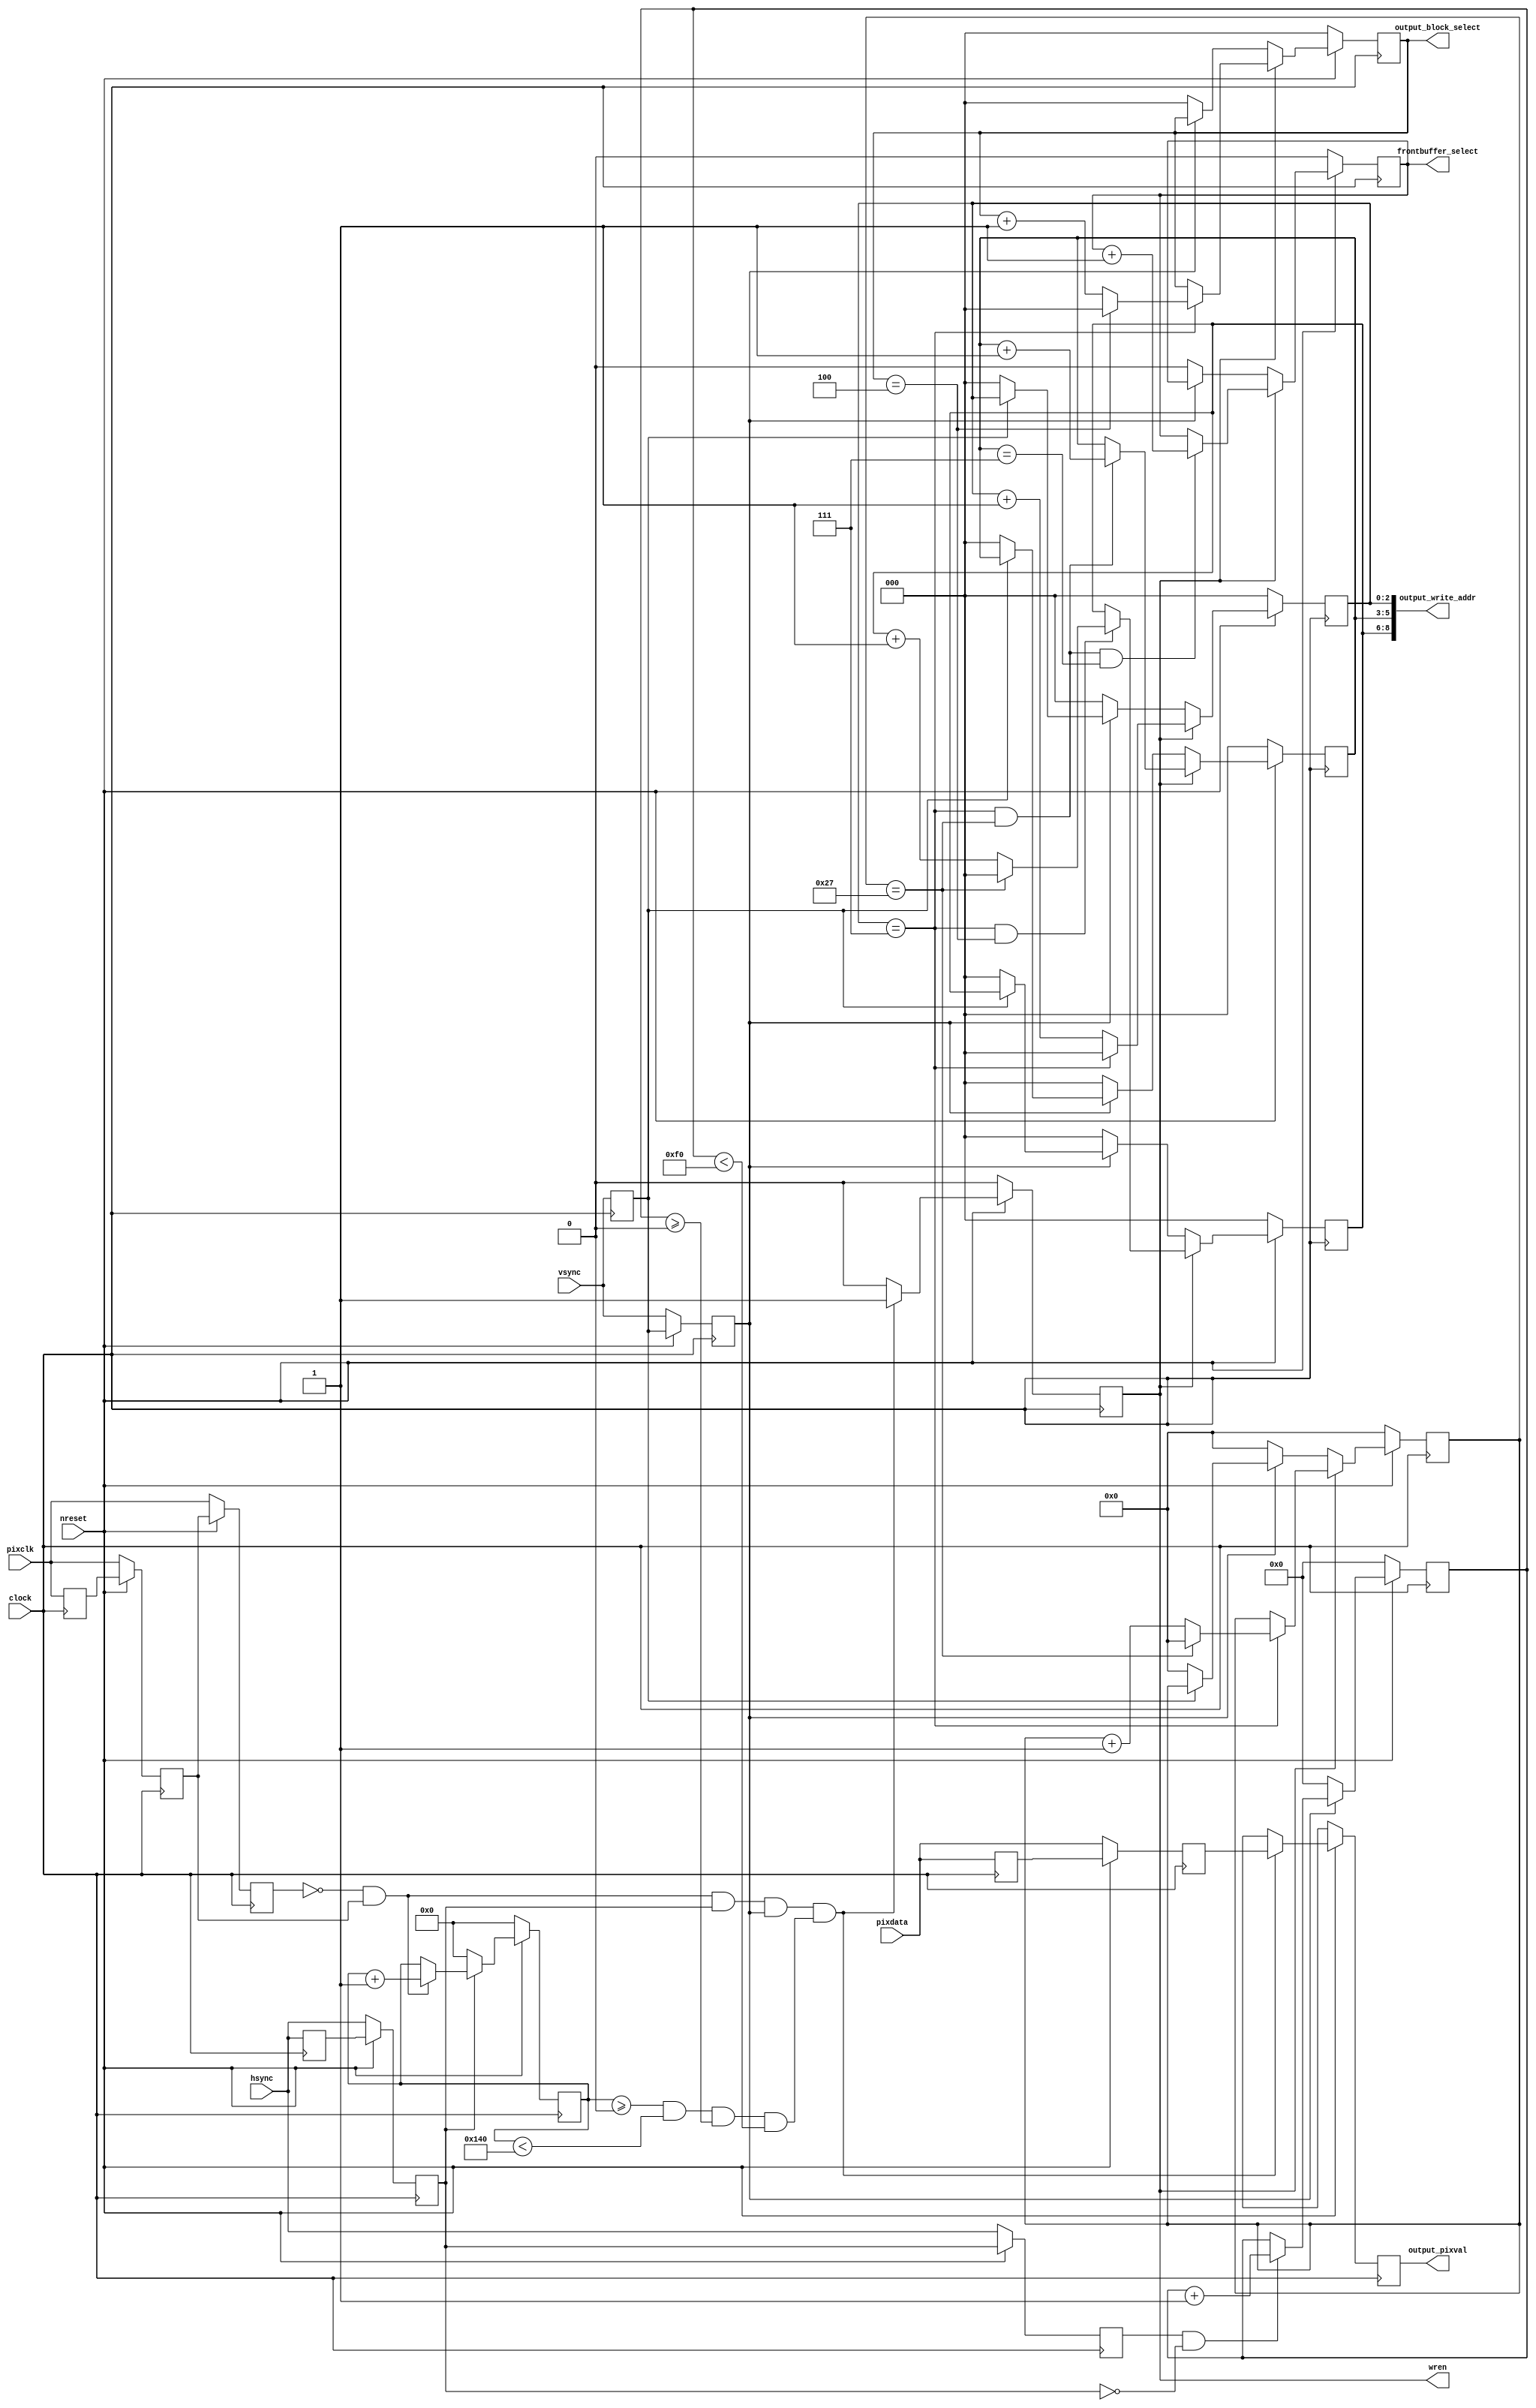
module camera_ingester(input                      clock,
                       input                      nreset,

                       // camera interface
                       input                      pixclk,
                       input [7:0]                pixdata,
                       input                      hsync,
                       input                      vsync,

                       // output buffer select; common to both obfuscation map output and EBR
                       // buffer output.
                       output reg [0:0]           frontbuffer_select,

                       // EBR buffer output interface
                       output reg [($clog2(num_ebr) - 1):0] output_block_select,
                       output reg [($clog2(ebr_size) - 1):0] output_write_addr,
                       output reg [7:0]           output_pixval,

                       output reg [0:0]           wren);
    parameter left_active_padding = 0, right_active_padding = 0;
    parameter top_active_padding = 0, bottom_active_padding = 0;

    localparam width_pix = 320, height_pix = 240, num_ebr = 5, ebr_size = 512;
    localparam width_mcu = (width_pix / 8), height_mcu = (height_pix / 8);

    // Logic for tracking whether we're in padding or in the active part of the image
    reg [$clog2(width_pix + left_active_padding + right_active_padding + 2) - 1 : 0] x;
    reg [$clog2(height_pix + top_active_padding + bottom_active_padding + 2) - 1 : 0] y;
    wire in_active_region = ((x >= left_active_padding) && (x < (left_active_padding + width_pix)) &&
                             (y >= top_active_padding) && (y < (top_active_padding + height_pix)));

    reg [2:0] px;
    reg [2:0] py;
    reg [$clog2(width_pix / 8) - 1 : 0] mcux;
    reg [$clog2(height_pix / 8) - 1 : 0] mcuy;

    // Latches for preventing metastability.
    // prev[0] is the most recent, prev[1] is older.
    reg [7:0] pixdata_prev [0:2];
    reg pixclk_prev [0:2];
    reg hsync_prev [0:2];
    reg vsync_prev [0:2];

    genvar genvi;
    generate
        for (genvi = 0; genvi <= 2; genvi = genvi + 1) begin
            if (genvi == 0) begin
                always @(posedge clock) begin
                    pixclk_prev[genvi] <= pixclk;
                    pixdata_prev[genvi] <= pixdata;
                    vsync_prev[genvi] <= vsync;
                    hsync_prev[genvi] <= hsync;
                end
            end else begin
                always @(posedge clock) begin
                    if (nreset) begin
                        pixclk_prev[genvi] <= pixclk_prev[genvi - 1];
                        pixdata_prev[genvi] <= pixdata_prev[genvi - 1];
                        vsync_prev[genvi] <= vsync_prev[genvi - 1];
                        hsync_prev[genvi] <= hsync_prev[genvi - 1];
                    end else begin
                        pixclk_prev[genvi] <= pixclk;
                        pixdata_prev[genvi] <= pixdata;
                        vsync_prev[genvi] <= vsync;
                        hsync_prev[genvi] <= hsync;
                    end
                end
            end
        end
    endgenerate

    reg new_mcu_row;

    // TODO: does this name make sense given the consts used to size it?
    reg [$clog2(ebr_size / 64) - 1 : 0] mcunum_div_num_ebr;
    always @(posedge clock) begin
        if (nreset) begin
            // Advance logic for x and y pointers inside image.
            if (!hsync_prev[1]) begin
                // could also have some logic in here to sanity check x's value before we clear it.
                x <= 0;
            end else begin
                if (!pixclk_prev[2] && pixclk_prev[1]) begin
                    // x coordinate increases on every rising edge where hsync is active.
                    x <= x + 1;
                end
            end

            if (!vsync_prev[1]) begin
                y <= 0;
            end else begin
                if (hsync_prev[2] && !hsync_prev[1]) begin
                    y <= y + 1;
                end
            end

            // On rising edges of pixclk, if we are in an active part of the frame, output a pixel
            // by setting wren active.
            if ((!pixclk_prev[2] && pixclk_prev[1]) &&
                hsync_prev[1] && vsync_prev[1] && in_active_region) begin
                wren <= 1;
                output_pixval <= pixdata_prev[1];
            end else begin
                wren <= 0;
                output_pixval <= 8'hxx;
            end

            if (!vsync_prev[0]) begin
                px <= 'h0;
                mcunum_div_num_ebr <= 'h0;
                mcux <= 'h0;
                mcuy <= 'h0;
                py <= 'h0;
            end

            // if write enable was high on the previous cycle, we need to advance the addresses
            // TODO: derive / sanity check these from hsync.
            // ebr.addr
            // 0.0, 0.1, 0.2, ... 0.7; 1.0, 1.1, ... 1.7; ... 4.7;     MCU 0 - 4, row 0 (40 pixels)
            // 0.64, 0.65, ...   0.71; 1.64, ...    1.71; ... 4.71;    MCU 5 - 9, row 0  (40 pixels)
            // 0.128, ...       0.135; 1.128, ...  1.135; ... 4.135;   MCU 10 - 14, row 0 (40 pix)
            // ... MCU 15 - 19 (40 pixels)
            // ... MCU 20 - 24 (40 pixels)
            // ... MCU 25 - 29 (40 pixels)
            // ... MCU 30 - 34 (40 pixels)
            // ... MCU 35 - 39 (40 pixels)
            // 0.8, 0.9, ...     0.15; 1.8, 1.9, ...1.15; ... 4.15;    MCU 0 - 4, row 1 (40 pixels)
            // 0.72, 0.73, ...   0.79; 1.72, ...    1.79; ... 4.79;    MCU 5 - 9, row 1 (40 pixels)
            //
            // these patterns can be implemented by a ripple counter that's slightly more convoluted
            // than the sort of ripple counter that you'd use for an hour / minute / second clock.
            if (wren) begin
                // updates:
                //    output_block_select
                //    px
                //    py
                //    mcunum_div_num_ebr
                //    mcux
                //    frontbuffer_select
                if (px == 'h7) begin
                    if (output_block_select == (num_ebr - 1)) begin
                        output_block_select <= 'h0;
                    end else begin
                        output_block_select <= output_block_select + 'h1;
                    end
                end else begin
                    output_block_select <= output_block_select;
                end

                px <= (px == 'h7) ? ('h0) : (px + 'h1);

                if ((px == 'h7) && (output_block_select == (num_ebr - 1))) begin
                    // even though this condition doesn't directly check that mcunum_div_num_ebr
                    // won't overflow the size of an EBR (for instance, a value of 8 for
                    // mcunum_div_num_ebr would try to deposit line 0 of an MCU outside of an EBR),
                    // we are still guaranteed by our precompile condition of
                    // ((width_pix * 8) >= (num_ebr * ebr_size)) that this won't happen.
                    if (mcux == ((width_pix / 8) - 1)) begin
                        mcunum_div_num_ebr <= 'h0;
                    end else begin
                        mcunum_div_num_ebr <= mcunum_div_num_ebr + 'h1;
                    end
                end else begin
                    mcunum_div_num_ebr <= mcunum_div_num_ebr;
                end

                // mcux
                if (px == 'h7) begin
                    mcux <= (mcux == ((width_pix / 8) - 1)) ? 'h0 : (mcux + 'h1);
                end else begin
                    mcux <= mcux;
                end

                py <= ((px == 'h7) && (mcux == ((width_pix / 8) - 1))) ? (py + 'h1) : py;
                mcuy <= mcuy;
                frontbuffer_select <= new_mcu_row ? (frontbuffer_select + 'h1) : frontbuffer_select;
            end else begin
                if (!vsync_prev[1]) begin
                    px <= 0; py <= 0;
                    mcux <= 0; mcuy <= 0;

                    output_block_select <= 0;
                    mcunum_div_num_ebr <= 0;
                    frontbuffer_select <= 0;
                end
            end
        end else begin
            // RESET
            x <= 0;
            y <= 0;

            wren <= 'h0;
            output_pixval <= 'hxx;

            px <= 'h0; py <= 'h0;
            mcux <= 'h0; mcuy <= 'h0;
            output_block_select <= 0;
            mcunum_div_num_ebr <= 0;
            frontbuffer_select <= 0;
        end
    end

    always @* begin
        // this is a cheaper (mcunum_div_num_ebr * 64) + (py * 8) + px
        output_write_addr = {mcunum_div_num_ebr, py, px};

        new_mcu_row = ((px == 'h7) && (mcux == ((width_pix / 8) - 1)) && (py == 'h7));
    end
endmodule